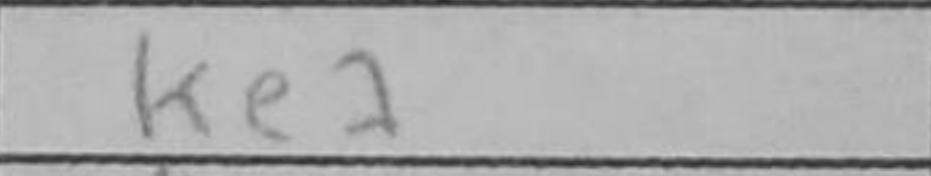
Transcription: Ke7